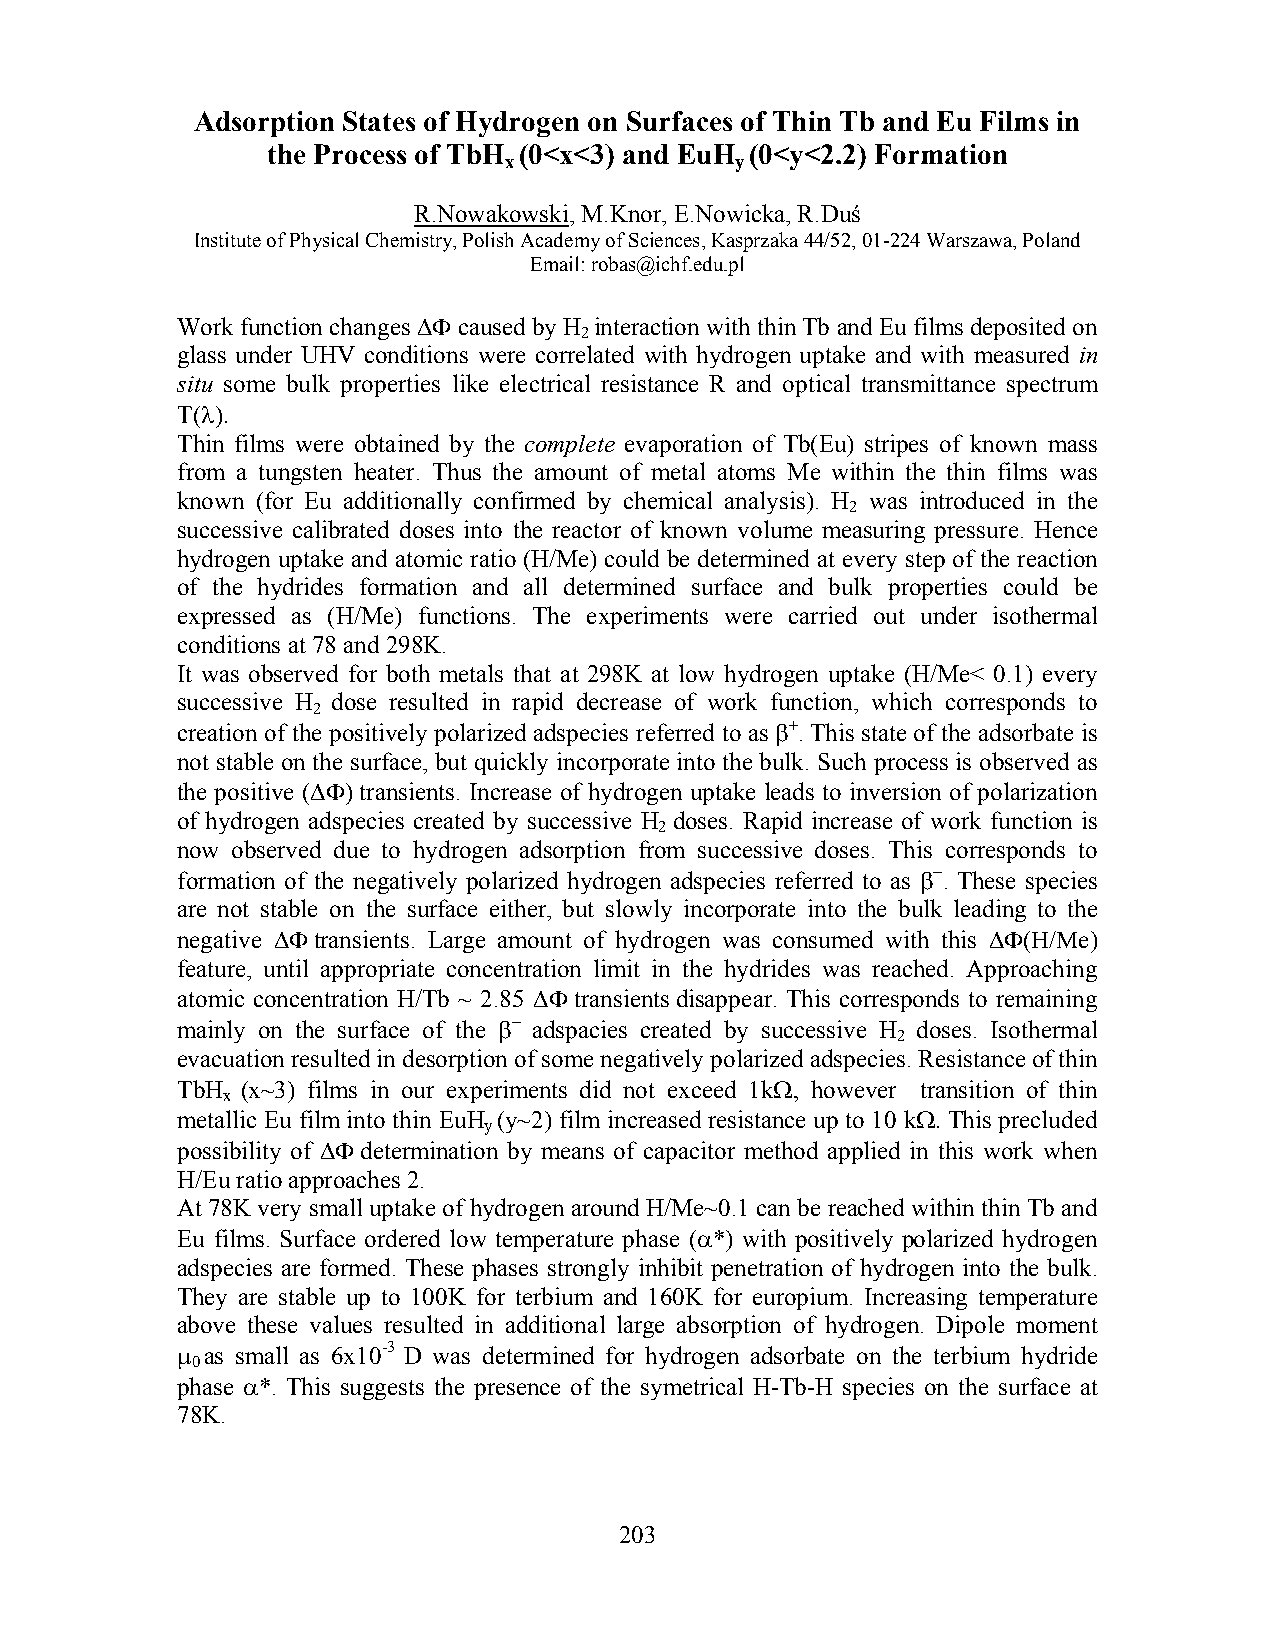
Adsorption States of Hydrogen on Surfaces of Thin Tb and Eu Films in
 the Process of TbH (0<x<3) and EuH (0<y<2.2) Formation
 x               y
 R.Nowakowski, M.Knor, E.Nowicka, R.Duś
 Institute of Physical Chemistry, Polish Academy of Sciences, Kasprzaka 44/52, 01-224 Warszawa, Poland
 Email: robas@ichf.edu.pl
 Work function changes ΔΦ caused by H interaction with thin Tb and Eu films deposited on
 2
 glass under UHV conditions were correlated with hydrogen uptake and with measured in
 situ some bulk properties like electrical resistance R and optical transmittance spectrum
 T(λ).
 Thin films were obtained by the complete evaporation of Tb(Eu) stripes of known mass
 from a tungsten heater. Thus the amount of metal atoms Me within the thin films was
 known (for Eu additionally confirmed by chemical analysis). H was introduced in the
 2
 successive calibrated doses into the reactor of known volume measuring pressure. Hence
 hydrogen uptake and atomic ratio (H/Me) could be determined at every step of the reaction
 of the hydrides formation and all determined surface and bulk properties could be
 expressed as (H/Me) functions. The experiments were carried out under isothermal
 conditions at 78 and 298K.
 It was observed for both metals that at 298K at low hydrogen uptake (H/Me< 0.1) every
 successive H dose resulted in rapid decrease of work function, which corresponds to
 2
 creation of the positively polarized adspecies referred to as β+. This state of the adsorbate is
 not stable on the surface, but quickly incorporate into the bulk. Such process is observed as
 the positive (ΔΦ) transients. Increase of hydrogen uptake leads to inversion of polarization
 of hydrogen adspecies created by successive H doses. Rapid increase of work function is
 2
 now observed due to hydrogen adsorption from successive doses. This corresponds to
 formation of the negatively polarized hydrogen adspecies referred to as β−. These species
 are not stable on the surface either, but slowly incorporate into the bulk leading to the
 negative ΔΦ transients. Large amount of hydrogen was consumed with this ΔΦ(Η/Μe)
 feature, until appropriate concentration limit in the hydrides was reached. Approaching
 atomic concentration H/Tb ~ 2.85 ΔΦ transients disappear. This corresponds to remaining
 mainly on the surface of the β− adspacies created by successive H doses. Isothermal
 2
 evacuation resulted in desorption of some negatively polarized adspecies. Resistance of thin
 TbH (x~3) films in our experiments did not exceed 1kΩ, however transition of thin
 x
 metallic Eu film into thin EuH (y~2) film increased resistance up to 10 kΩ. This precluded
 y
 possibility of ΔΦ determination by means of capacitor method applied in this work when
 H/Eu ratio approaches 2.
 At 78K very small uptake of hydrogen around H/Me~0.1 can be reached within thin Tb and
 Eu films. Surface ordered low temperature phase (α*) with positively polarized hydrogen
 adspecies are formed. These phases strongly inhibit penetration of hydrogen into the bulk.
 They are stable up to 100K for terbium and 160K for europium. Increasing temperature
 above these values resulted in additional large absorption of hydrogen. Dipole moment
 μ as small as 6x10-3 D was determined for hydrogen adsorbate on the terbium hydride
 0
 phase α*. This suggests the presence of the symetrical H-Tb-H species on the surface at
 78K.
 203